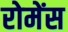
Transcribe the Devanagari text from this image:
रोमेंस